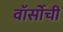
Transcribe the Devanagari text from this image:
वॉर्सोची